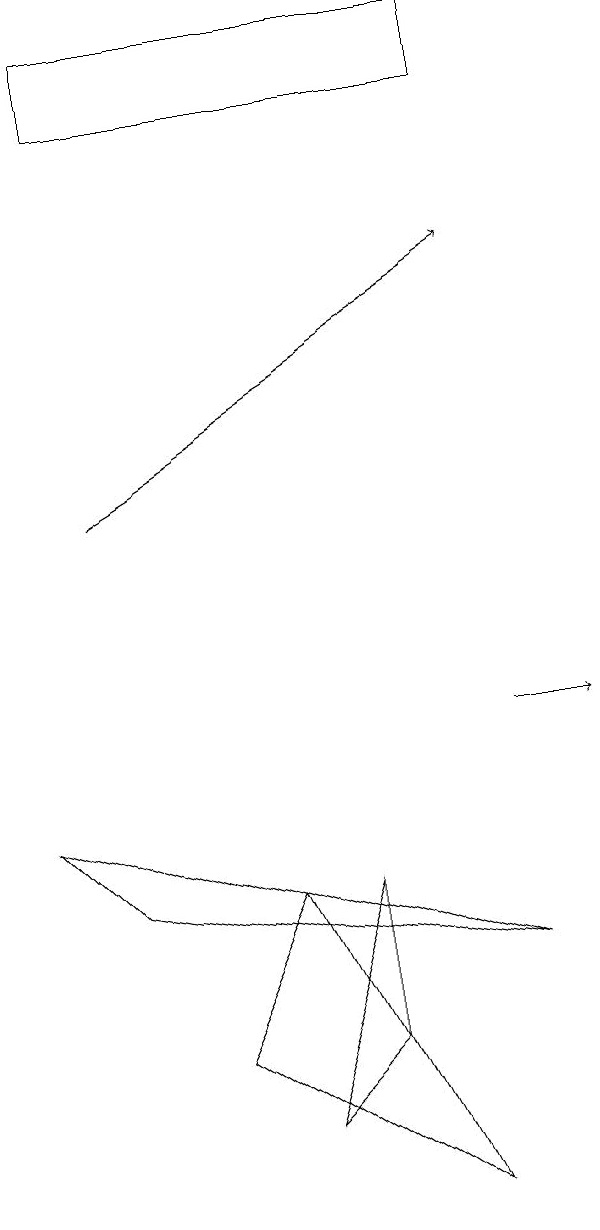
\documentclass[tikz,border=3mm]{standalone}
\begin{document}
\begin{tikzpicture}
\draw (4,5) -- (5,6) -- (5,8) -- cycle;
\draw (2,18) rectangle (7,19);
\draw (3,6) -- (6,4) -- (4,8) -- cycle;
\draw[->] (7,10) -- (8,10);
\draw (2,8) -- (7,7) -- (1,9) -- cycle;
\draw[->] (2,13) -- (7,16);
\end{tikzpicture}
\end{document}